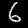
Label: 6